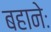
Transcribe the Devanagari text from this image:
बहानेः